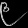
Digit: ၉